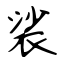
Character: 裟